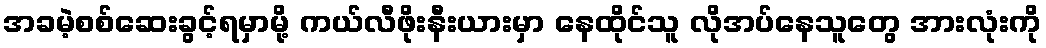
အခမဲ့စစ်ဆေးခွင့်ရမှာမို့ ကယ်လီဖိုးနီးယားမှာ နေထိုင်သူ လိုအပ်နေသူတွေ အားလုံးကို